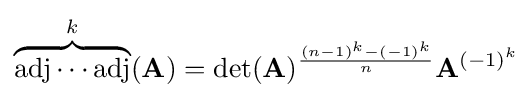
\overbrace {\operatorname {adj} \dotsm \operatorname {adj} } ^{k}(\mathbf {A} )=\det(\mathbf {A} )^{\frac {(n-1)^{k}-(-1)^{k}}{n}}\mathbf {A} ^{(-1)^{k}}